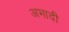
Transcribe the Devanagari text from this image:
अभादी